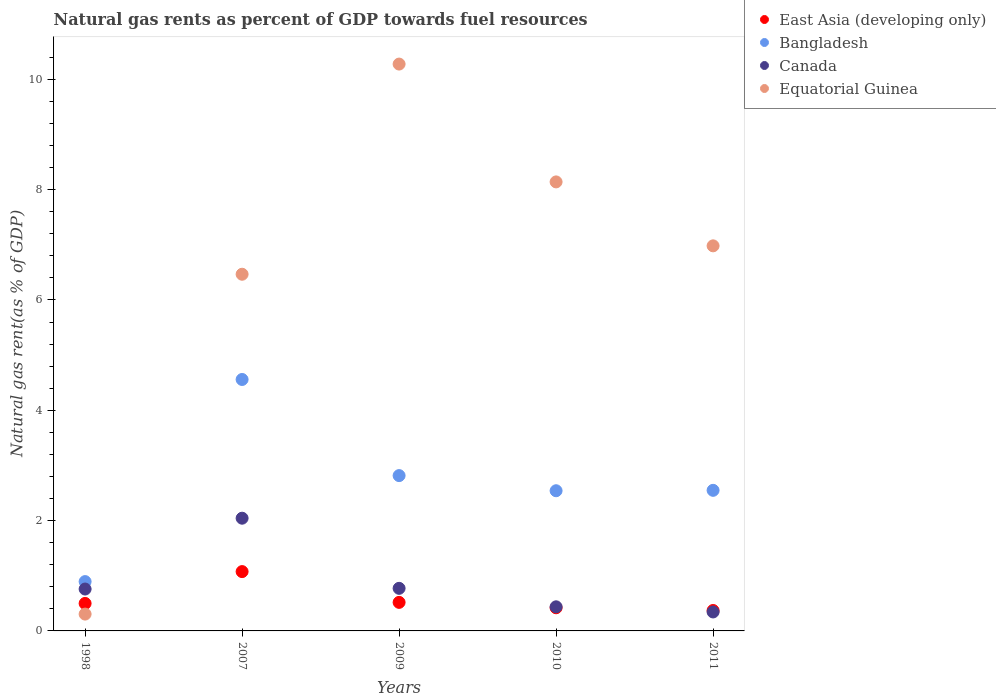
| Years | East Asia (developing only) | Bangladesh | Canada | Equatorial Guinea |
 | --- | --- | --- | --- | --- |
 | 1998 | 0.499 | 0.894 | 0.759 | 0.305 |
 | 2007 | 1.08 | 4.56 | 2.04 | 6.47 |
 | 2009 | 0.518 | 2.82 | 0.772 | 10.3 |
 | 2010 | 0.42 | 2.54 | 0.437 | 8.14 |
 | 2011 | 0.37 | 2.55 | 0.344 | 6.98 |